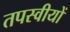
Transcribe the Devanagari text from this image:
तपस्वीयों